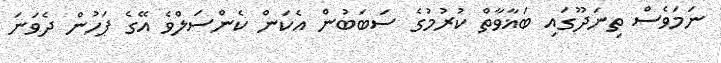
ނަމަވެސް ތިނަދޫގައި ބަޣާވާތް ކުރުމުގެ ސަބަބުން އެކަން ކެންސަލްވެ އޭގެ ފަހުން ދެވަނަ